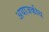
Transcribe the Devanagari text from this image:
अयाजकीय